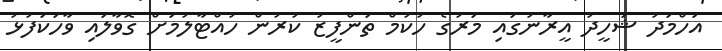
އަހްމަދު ޝަހީދު އީރާނުގައި މަރުގެ ހުކުމް ތަންފީޒު ކުރުން ހުއްޓާލުމަށް ގޮވާލައި ވާހަކަފުޅު